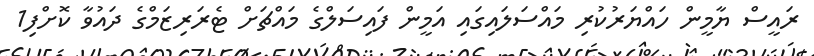
ރައީސް ޔާމީން ހައްޔަރުކުރި މައްސަލައިގައި އަމީން ފައިސަލްގެ މައްޗަށް ޓެރަރިޒަމްގެ ދައުވާ ކޮށްފި1